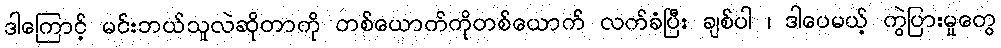
ဒါကြောင့် မင်းဘယ်သူလဲဆိုတာကို တစ်ယောက်ကိုတစ်ယောက် လက်ခံပြီး ချစ်ပါ ၊ ဒါပေမယ့် ကွဲပြားမှုတွေ